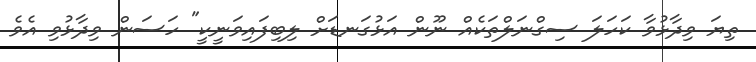
ތިޔަ ވިދާޅުވާ ކަހަލަ ސިގްނަލްތަކެއް ނޫން އަޅުގަނޑަށް ލިބިފައިވަނީކީ" ހަސަން ވިދާޅުވި އެވެ